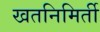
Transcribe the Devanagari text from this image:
खतनिमिर्ती